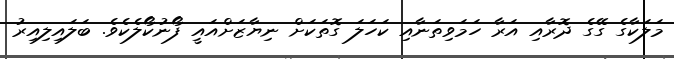
މަލަކާގެ ގޭގެ ދޮރާއި އަރާ ހަމަވިތަނާއި ކަހަލަ ގޮތަކަށް ނިޔާޒަށްއައީ ފޯނުކޯލެކެވެ. ބަލައިލިއިރު